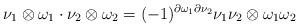
LaTeX: \begin{align*}\nu_1\otimes\omega_1\cdot\nu_2\otimes\omega_2= (-1)^{\partial\omega_1\partial\nu_2} \nu_1\nu_2\otimes\omega_1\omega_2\end{align*}